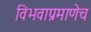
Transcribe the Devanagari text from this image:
विभवाप्रमाणेच